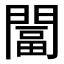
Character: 𨵩